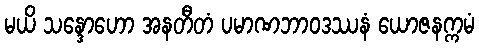
မယိ သန္ဒောဟော အနတီတံ ပမာဏဘာဝဒဿနံ ယောဇနက္ကမံ